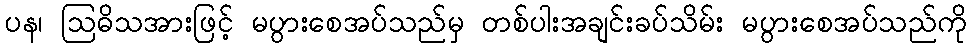
ပန၊ ဩဓိသအားဖြင့် မပွားစေအပ်သည်မှ တစ်ပါးအချင်းခပ်သိမ်း မပွားစေအပ်သည်ကို